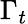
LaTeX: \Gamma_{t}